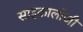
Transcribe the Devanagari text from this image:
साइकालोजी